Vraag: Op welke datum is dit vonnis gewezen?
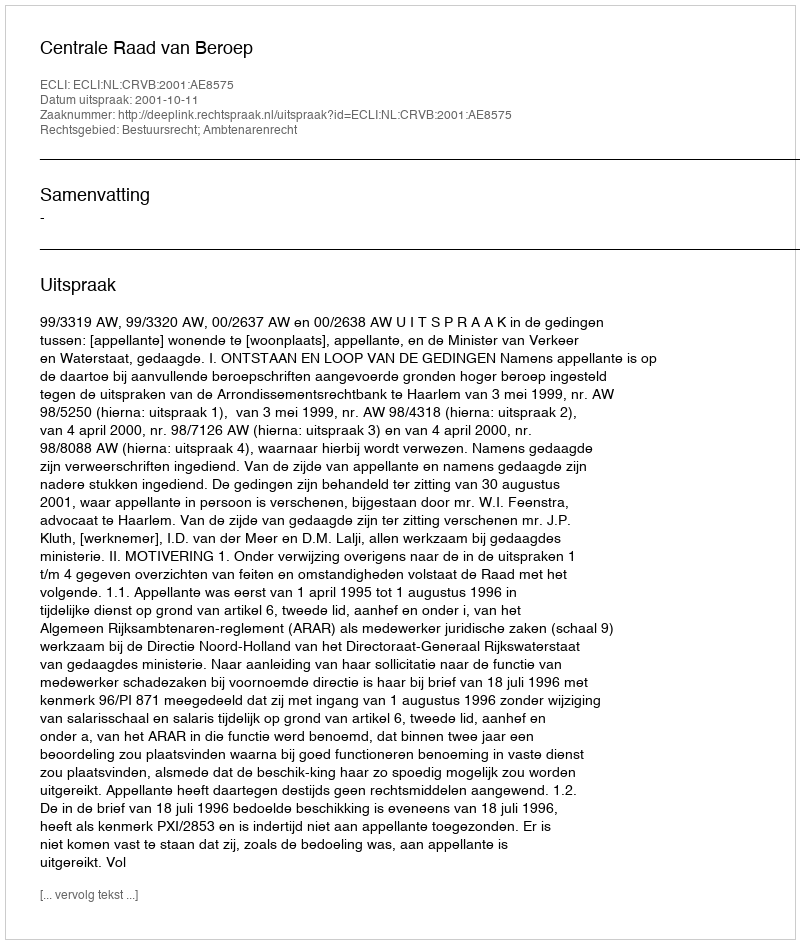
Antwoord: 2001-10-11